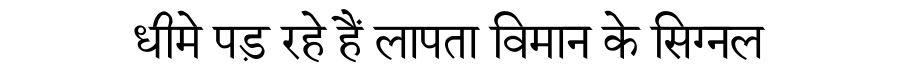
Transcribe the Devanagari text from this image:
धीमे पड़ रहे हैं लापता विमान के सिग्नल